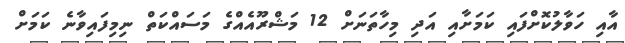
އާއި ހަވާލުކޮށްފައި ކަމަށާއި އަދި މިހާތަނަށް 12 މަޝްރޫއެއްގެ މަސައްކަތް ނިމިފައިވާނެ ކަމަށް